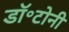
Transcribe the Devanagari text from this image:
डॉ॰टोनी